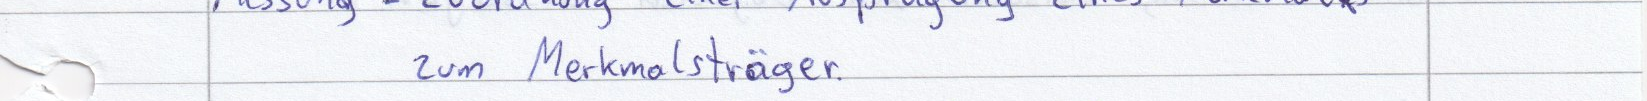
zum Merkmalsträger